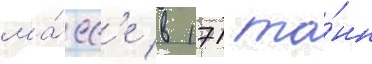
ма́сс'е в 171 то́нн